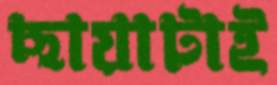
ছায়াটাই